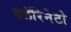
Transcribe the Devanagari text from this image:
क्लॅरिनेटो